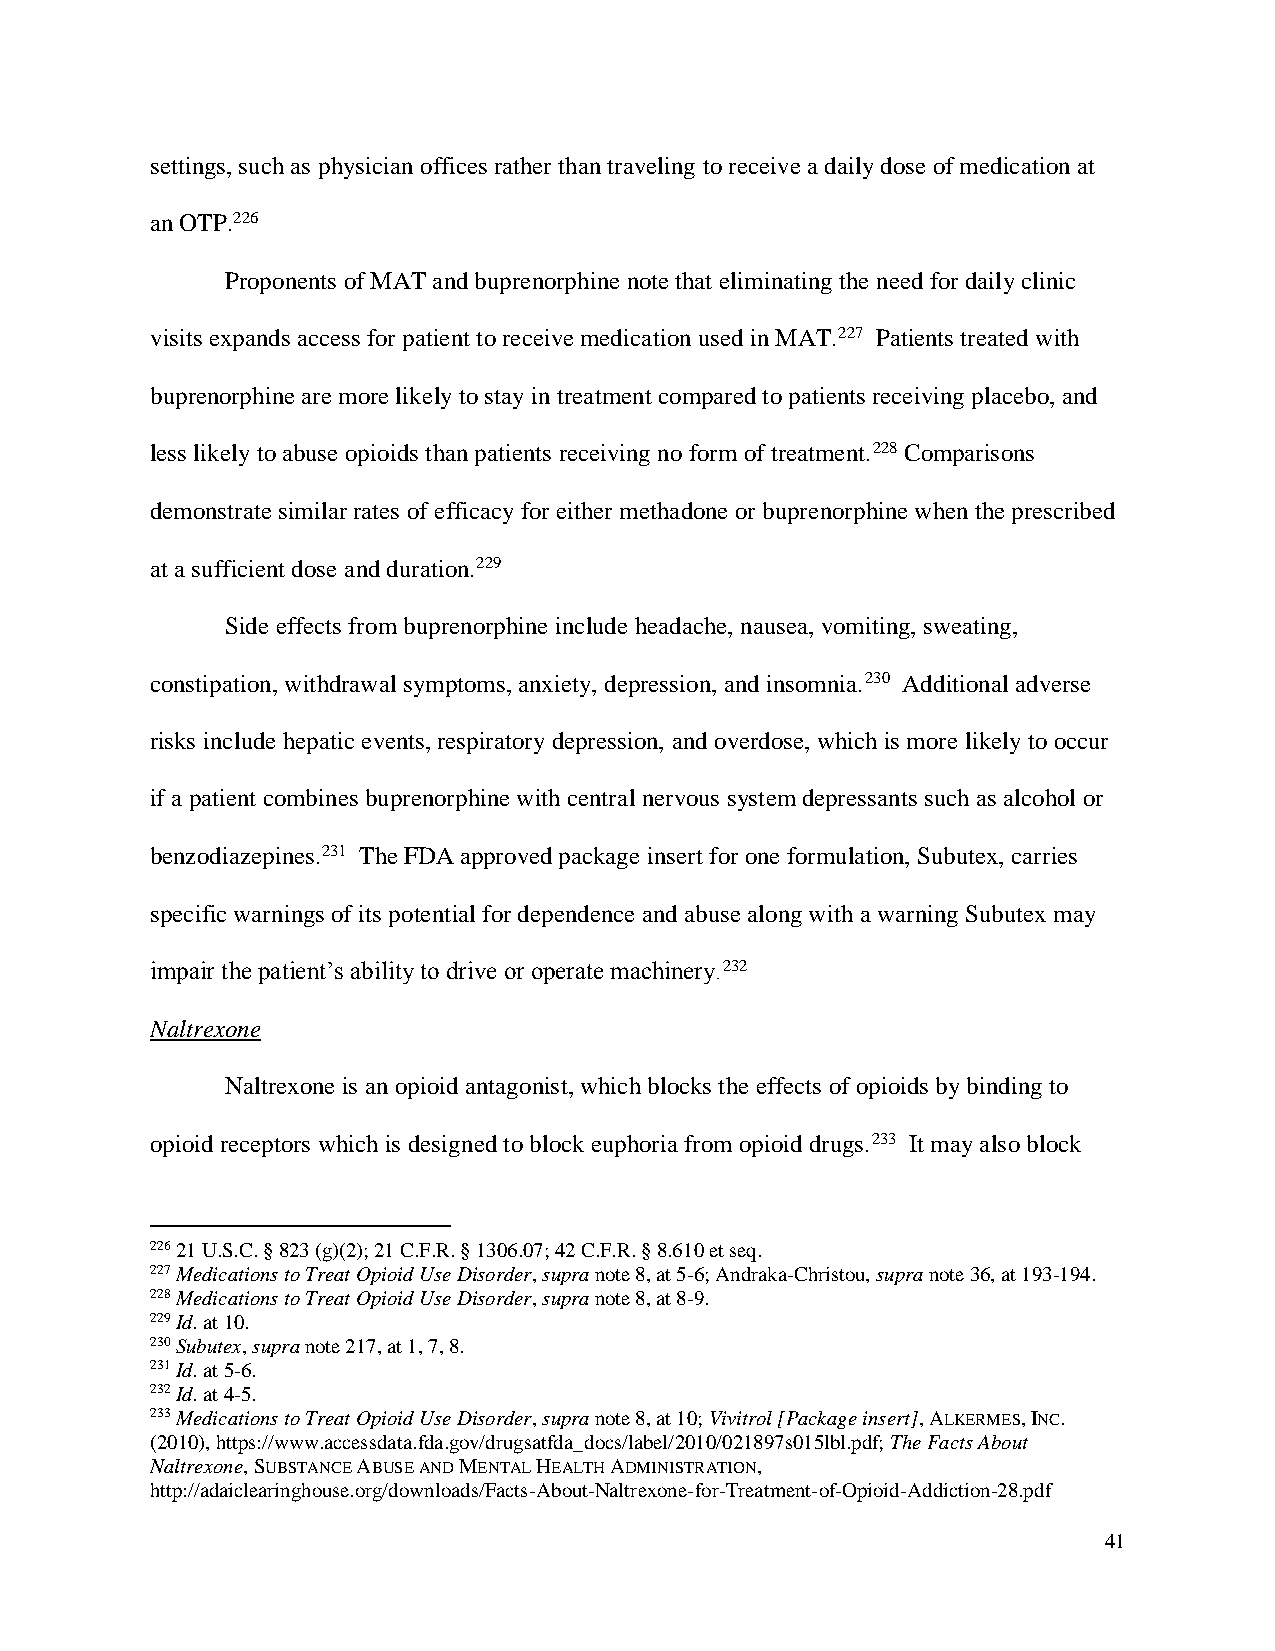
settings, such as physician offices rather than traveling to receive a daily dose of medication at
 an OTP.226
 Proponents of MAT and buprenorphine note that eliminating the need for daily clinic
 visits expands access for patient to receive medication used in MAT.227 Patients treated with
 buprenorphine are more likely to stay in treatment compared to patients receiving placebo, and
 less likely to abuse opioids than patients receiving no form of treatment.228 Comparisons
 demonstrate similar rates of efficacy for either methadone or buprenorphine when the prescribed
 at a sufficient dose and duration.229
 Side effects from buprenorphine include headache, nausea, vomiting, sweating,
 constipation, withdrawal symptoms, anxiety, depression, and insomnia.230 Additional adverse
 risks include hepatic events, respiratory depression, and overdose, which is more likely to occur
 if a patient combines buprenorphine with central nervous system depressants such as alcohol or
 benzodiazepines.231 The FDA approved package insert for one formulation, Subutex, carries
 specific warnings of its potential for dependence and abuse along with a warning Subutex may
 impair the patient’s ability to drive or operate machinery.232
 Naltrexone
 Naltrexone is an opioid antagonist, which blocks the effects of opioids by binding to
 opioid receptors which is designed to block euphoria from opioid drugs.233 It may also block
 226 21 U.S.C. § 823 (g)(2); 21 C.F.R. § 1306.07; 42 C.F.R. § 8.610 et seq.
 227 Medications to Treat Opioid Use Disorder, supra note 8, at 5-6; Andraka-Christou, supra note 36, at 193-194.
 228 Medications to Treat Opioid Use Disorder, supra note 8, at 8-9.
 229 Id. at 10.
 230 Subutex, supra note 217, at 1, 7, 8.
 231 Id. at 5-6.
 232 Id. at 4-5.
 233 Medications to Treat Opioid Use Disorder, supra note 8, at 10; Vivitrol [Package insert], ALKERMES, INC.
 (2010), https://www.accessdata.fda.gov/drugsatfda_docs/label/2010/021897s015lbl.pdf; The Facts About
 Naltrexone, SUBSTANCE ABUSE AND MENTAL HEALTH ADMINISTRATION,
 http://adaiclearinghouse.org/downloads/Facts-About-Naltrexone-for-Treatment-of-Opioid-Addiction-28.pdf
 41